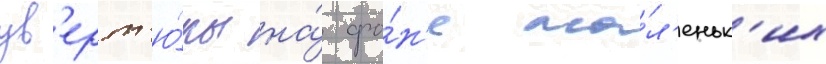
ув'ерт'ю́ры на́ фо́н'е ма́л'еньк'их